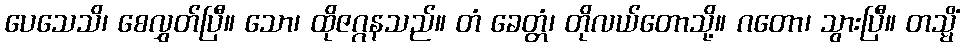
ပေသေသိ၊ စေလွှတ်ပြီ။ သော၊ ထိုဇဂ္ဂနသည်။ တံ ခေတ္တံ၊ တိုလယ်တောသို့။ ဂတော၊ သွားပြီ။ တသ္မိံ